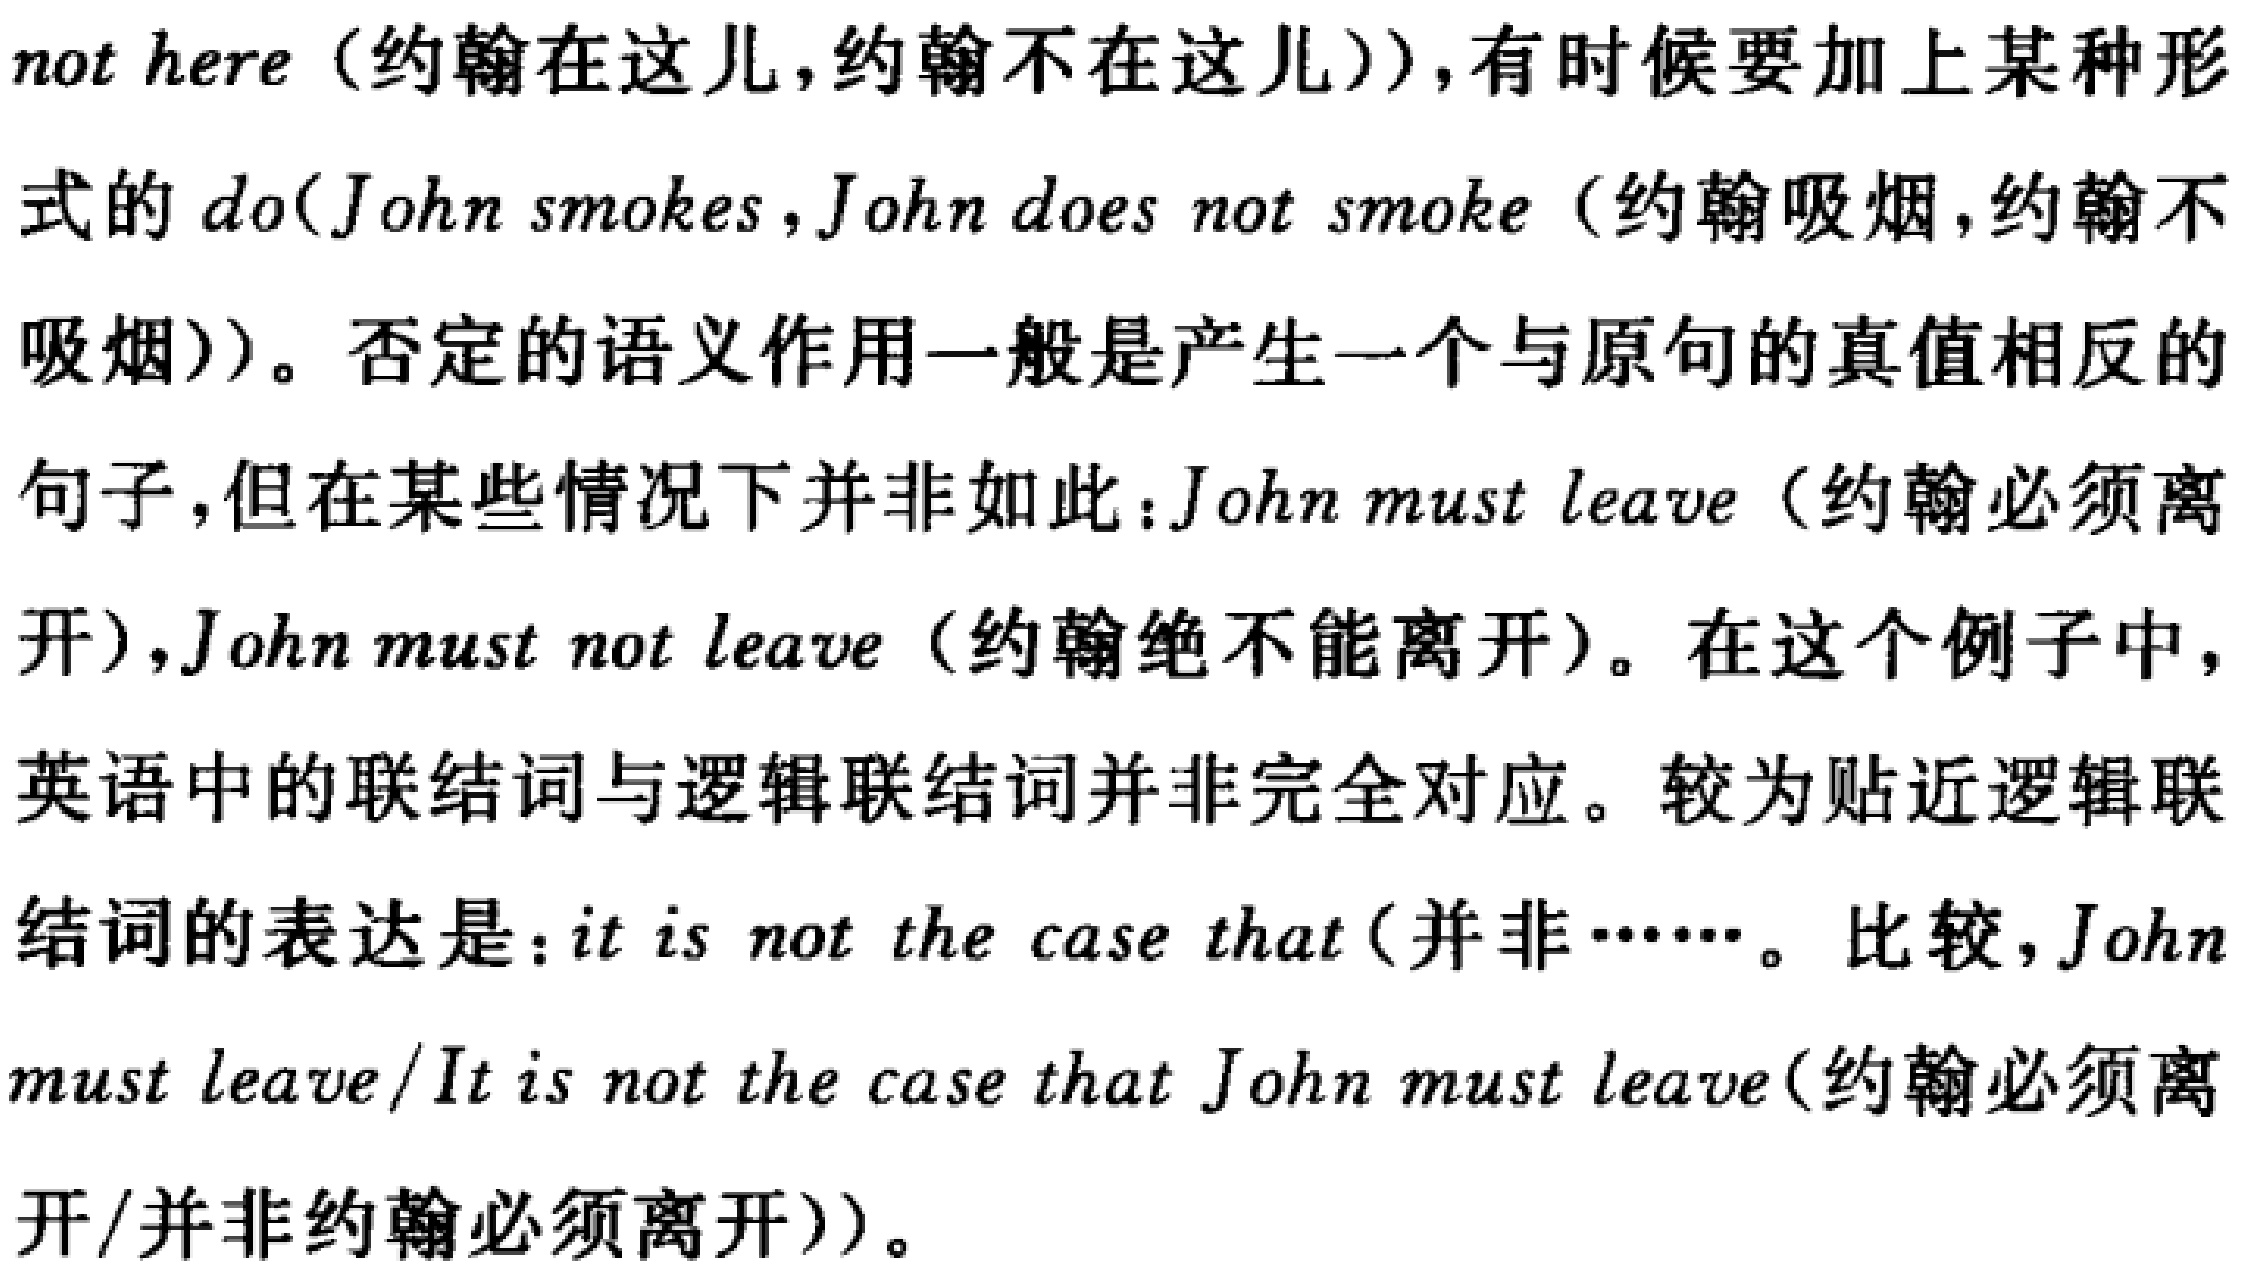
not here（约翰在这儿，约翰不在这儿），有时候要加上某种形式的do(John smokes，John does not smoke（约翰吸烟，约翰不吸烟）)。否定的语义作用一般是产生一个与原句的真值相反的句子，但在某些情况下并非如此：John must leave（约翰必须离开），John must not leave（约翰绝不能离开）。在这个例子中，英语中的联结词与逻辑联结词并非完全对应。较为贴近逻辑联结词的表达是：it is not the case that（并非……。比较，John must leave/It is not the case that John must leave(约翰必须离开/并非约翰必须离开)）。